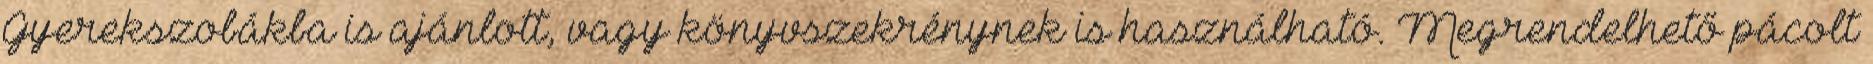
Gyerekszobákba is ajánlott, vagy könyvszekrénynek is használható. Megrendelhető pácolt